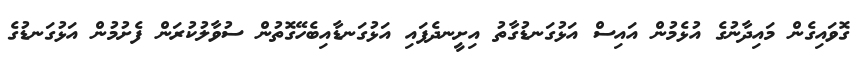
ގޮވައިގެން މައިދާނުގެ އުޅެމުން އައިސް އަޅުގަނޑުގާތު އިށީނދެފައި އަޅުގަނޑާއިބެހޭގޮތުން ސުވާލުކުރަން ފެށުމުން އަޅުގަނޑުގެ